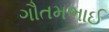
ગૌતમભાઈ